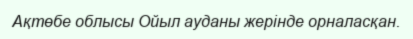
Ақтөбе облысы Ойыл ауданы жерінде орналасқан.